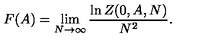
F ( A ) = \lim _ { N \rightarrow \infty } \frac { \ln Z ( 0 , A , N ) } { N ^ { 2 } } .